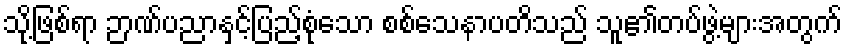
သို့ဖြစ်ရာ ဉာဏ်ပညာနှင့်ပြည့်စုံသော စစ်သေနာပတိသည် သူ၏တပ်ဖွဲ့များအတွက်